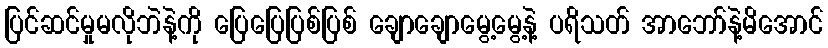
ပြင်ဆင်မှုမလိုဘဲနဲ့ကို ပြေပြေပြစ်ပြစ် ချောချောမွေ့မွေ့နဲ့ ပရိသတ် အာဘော်နဲ့မိအောင်